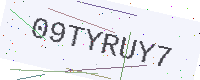
Text: 09TYRUY7